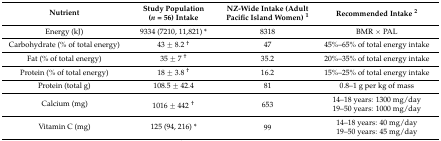
<table><thead><tr><td><b>Nutrient</b></td><td><b>Study Population (<i>n</i> = 56) Intake</b></td><td><b>NZ-Wide Intake (Adult Pacific Island Women) <sup>1</sup></b></td><td><b>Recommended Intake <sup>2</sup></b></td></tr></thead><tbody><tr><td>Energy (kJ)</td><td>9334 (7210, 11,821) *</td><td>8318</td><td>BMR × PAL</td></tr><tr><td>Carbohydrate (% of total energy)</td><td>43 ± 8.2 <sup>†</sup></td><td>47</td><td>45%–65% of total energy intake</td></tr><tr><td>Fat (% of total energy)</td><td>35 ± 7 <sup>†</sup></td><td>35.2</td><td>20%–35% of total energy intake</td></tr><tr><td>Protein (% of total energy)</td><td>18 ± 3.8 <sup>†</sup></td><td>16.2</td><td>15%–25% of total energy intake</td></tr><tr><td>Protein (total g)</td><td>108.5 ± 42.4</td><td>81</td><td>0.8–1 g per kg of mass</td></tr><tr><td rowspan="2">Calcium (mg)</td><td rowspan="2">1016 ± 442 <sup>†</sup></td><td rowspan="2">653</td><td>14–18 years: 1300 mg/day</td></tr><tr><td>19–50 years: 1000 mg/day</td></tr><tr><td rowspan="2">Vitamin C (mg)</td><td rowspan="2">125 (94, 216) *</td><td rowspan="2">99</td><td>14–18 years: 40 mg/day</td></tr><tr><td>19–50 years: 45 mg/day</td></tr></tbody></table>